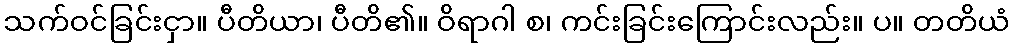
သက်ဝင်ခြင်းငှာ။ ပီတိယာ၊ ပီတိ၏။ ဝိရာဂါ စ၊ ကင်းခြင်းကြောင်းလည်း။ ပ။ တတိယံ